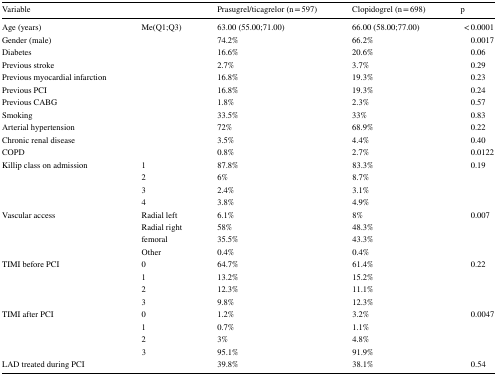
<table><thead><tr><td><b>Variable</b></td><td></td><td><b>Prasugrel/ticagrelor (n = 597)</b></td><td><b>Clopidogrel (n = 698)</b></td><td><b>p</b></td></tr></thead><tbody><tr><td>Age (years)</td><td>Me(Q1;Q3)</td><td>63.00 (55.00;71.00)</td><td>66.00 (58.00;77.00)</td><td>&lt; 0.0001</td></tr><tr><td>Gender (male)</td><td></td><td>74.2%</td><td>66.2%</td><td>0.0017</td></tr><tr><td>Diabetes</td><td></td><td>16.6%</td><td>20.6%</td><td>0.06</td></tr><tr><td>Previous stroke</td><td></td><td>2.7%</td><td>3.7%</td><td>0.29</td></tr><tr><td>Previous myocardial infarction</td><td></td><td>16.8%</td><td>19.3%</td><td>0.23</td></tr><tr><td>Previous PCI</td><td></td><td>16.8%</td><td>19.3%</td><td>0.24</td></tr><tr><td>Previous CABG</td><td></td><td>1.8%</td><td>2.3%</td><td>0.57</td></tr><tr><td>Smoking</td><td></td><td>33.5%</td><td>33%</td><td>0.83</td></tr><tr><td>Arterial hypertension</td><td></td><td>72%</td><td>68.9%</td><td>0.22</td></tr><tr><td>Chronic renal disease</td><td></td><td>3.5%</td><td>4.4%</td><td>0.40</td></tr><tr><td>COPD</td><td></td><td>0.8%</td><td>2.7%</td><td>0.0122</td></tr><tr><td rowspan="4">Killip class on admission</td><td>1</td><td>87.8%</td><td>83.3%</td><td rowspan="4">0.19</td></tr><tr><td>2</td><td>6%</td><td>8.7%</td></tr><tr><td>3</td><td>2.4%</td><td>3.1%</td></tr><tr><td>4</td><td>3.8%</td><td>4.9%</td></tr><tr><td rowspan="4">Vascular access</td><td>Radial left</td><td>6.1%</td><td>8%</td><td rowspan="4">0.007</td></tr><tr><td>Radial right</td><td>58%</td><td>48.3%</td></tr><tr><td>femoral</td><td>35.5%</td><td>43.3%</td></tr><tr><td>Other</td><td>0.4%</td><td>0.4%</td></tr><tr><td rowspan="4">TIMI before PCI</td><td>0</td><td>64.7%</td><td>61.4%</td><td rowspan="4">0.22</td></tr><tr><td>1</td><td>13.2%</td><td>15.2%</td></tr><tr><td>2</td><td>12.3%</td><td>11.1%</td></tr><tr><td>3</td><td>9.8%</td><td>12.3%</td></tr><tr><td rowspan="4">TIMI after PCI</td><td>0</td><td>1.2%</td><td>3.2%</td><td rowspan="4">0.0047</td></tr><tr><td>1</td><td>0.7%</td><td>1.1%</td></tr><tr><td>2</td><td>3%</td><td>4.8%</td></tr><tr><td>3</td><td>95.1%</td><td>91.9%</td></tr><tr><td>LAD treated during PCI</td><td></td><td>39.8%</td><td>38.1%</td><td>0.54</td></tr></tbody></table>